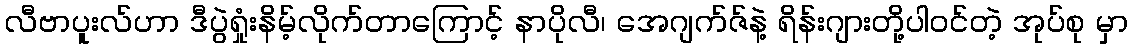
လီဗာပူးလ်ဟာ ဒီပွဲရှုံးနိမ့်လိုက်တာကြောင့် နာပိုလီ၊ အေဂျက်ဇ်နဲ့ ရိန်းဂျားတို့ပါဝင်တဲ့ အုပ်စု မှာ